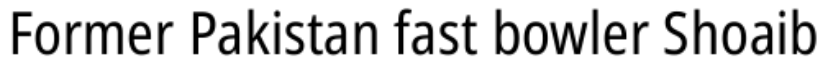
Former Pakistan fast bowler Shoaib